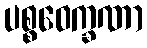
ပစ္စဝေက္ခဏာ